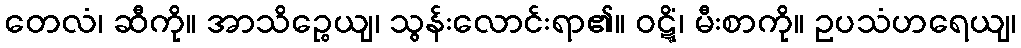
တေလံ၊ ဆီကို။ အာသိဉ္စေယျ၊ သွန်းလောင်းရာ၏။ ဝဋ္ဋိံ၊ မီးစာကို။ ဥပသံဟရေယျ၊